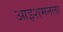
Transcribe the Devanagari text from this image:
आइशमनला